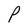
Character: P